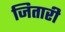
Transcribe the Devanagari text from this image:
जितारी